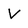
Character: V